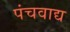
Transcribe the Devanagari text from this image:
पंचवाद्य